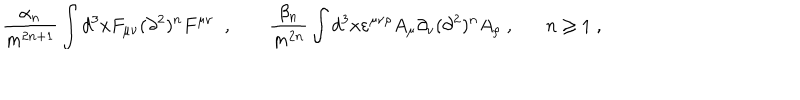
\frac { \alpha _ { n } } { m ^ { 2 n + 1 } } \int d ^ { 3 } x F _ { \mu \nu } ( \partial ^ { 2 } ) ^ { n } F ^ { \mu \nu } \; \; , \; \frac { \beta _ { n } } { m ^ { 2 n } } \int d ^ { 3 } x \varepsilon ^ { \mu \nu \rho } A _ { \mu } \partial _ { \nu } ( \partial ^ { 2 } ) ^ { n } A _ { \rho } \; , n \geq 1 \; ,